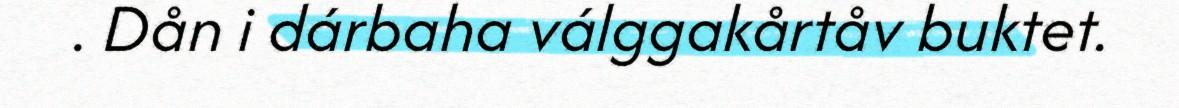
. Dån i dárbaha válggakårtåv buktet.